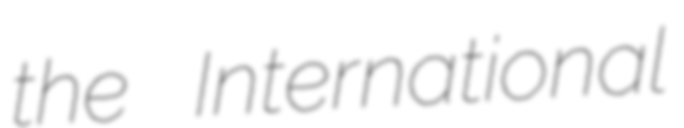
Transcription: the International